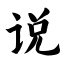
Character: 说